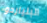
البلياردو